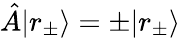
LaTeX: \hat{A}|r_{\pm}\rangle=\pm|r_{\pm}\rangle